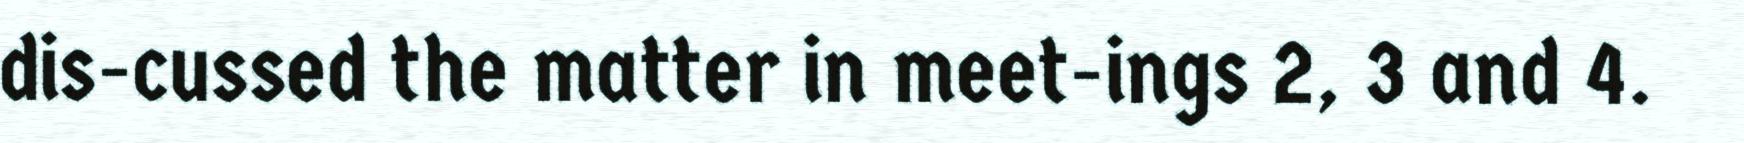
dis-cussed the matter in meet-ings 2, 3 and 4.